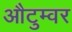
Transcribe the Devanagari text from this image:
औटुम्वर